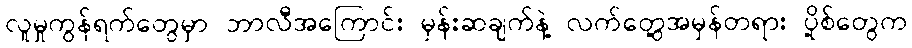
လူမှုကွန်ရက်တွေမှာ ဘာလီအကြောင်း မှန်းဆချက်နဲ့ လက်တွေ့အမှန်တရား ပို့စ်တွေက